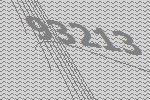
93213